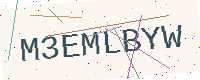
Text: M3EMLBYW